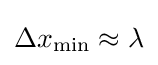
\Delta x_{\text{min}}\approx \lambda